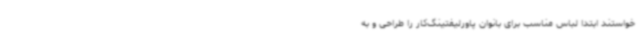
خواستند ابتدا لباس مناسب برای بانوان پاورلیفتینگ‌کار را طراحی و به